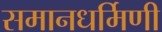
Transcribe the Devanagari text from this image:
समानधर्मिणी